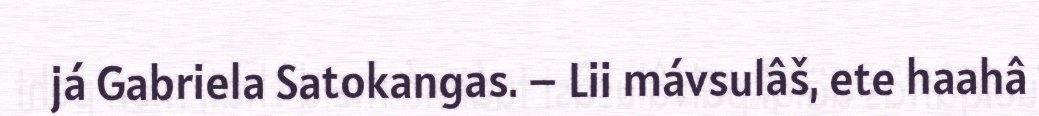
já Gabriela Satokangas. – Lii mávsulâš, ete haahâ